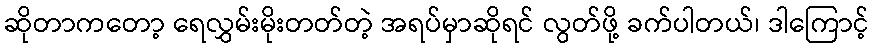
ဆိုတာကတော့ ရေလွှမ်းမိုးတတ်တဲ့ အရပ်မှာဆိုရင် လွတ်ဖို့ ခက်ပါတယ်၊ ဒါကြောင့်